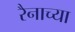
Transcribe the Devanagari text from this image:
रैनाच्या